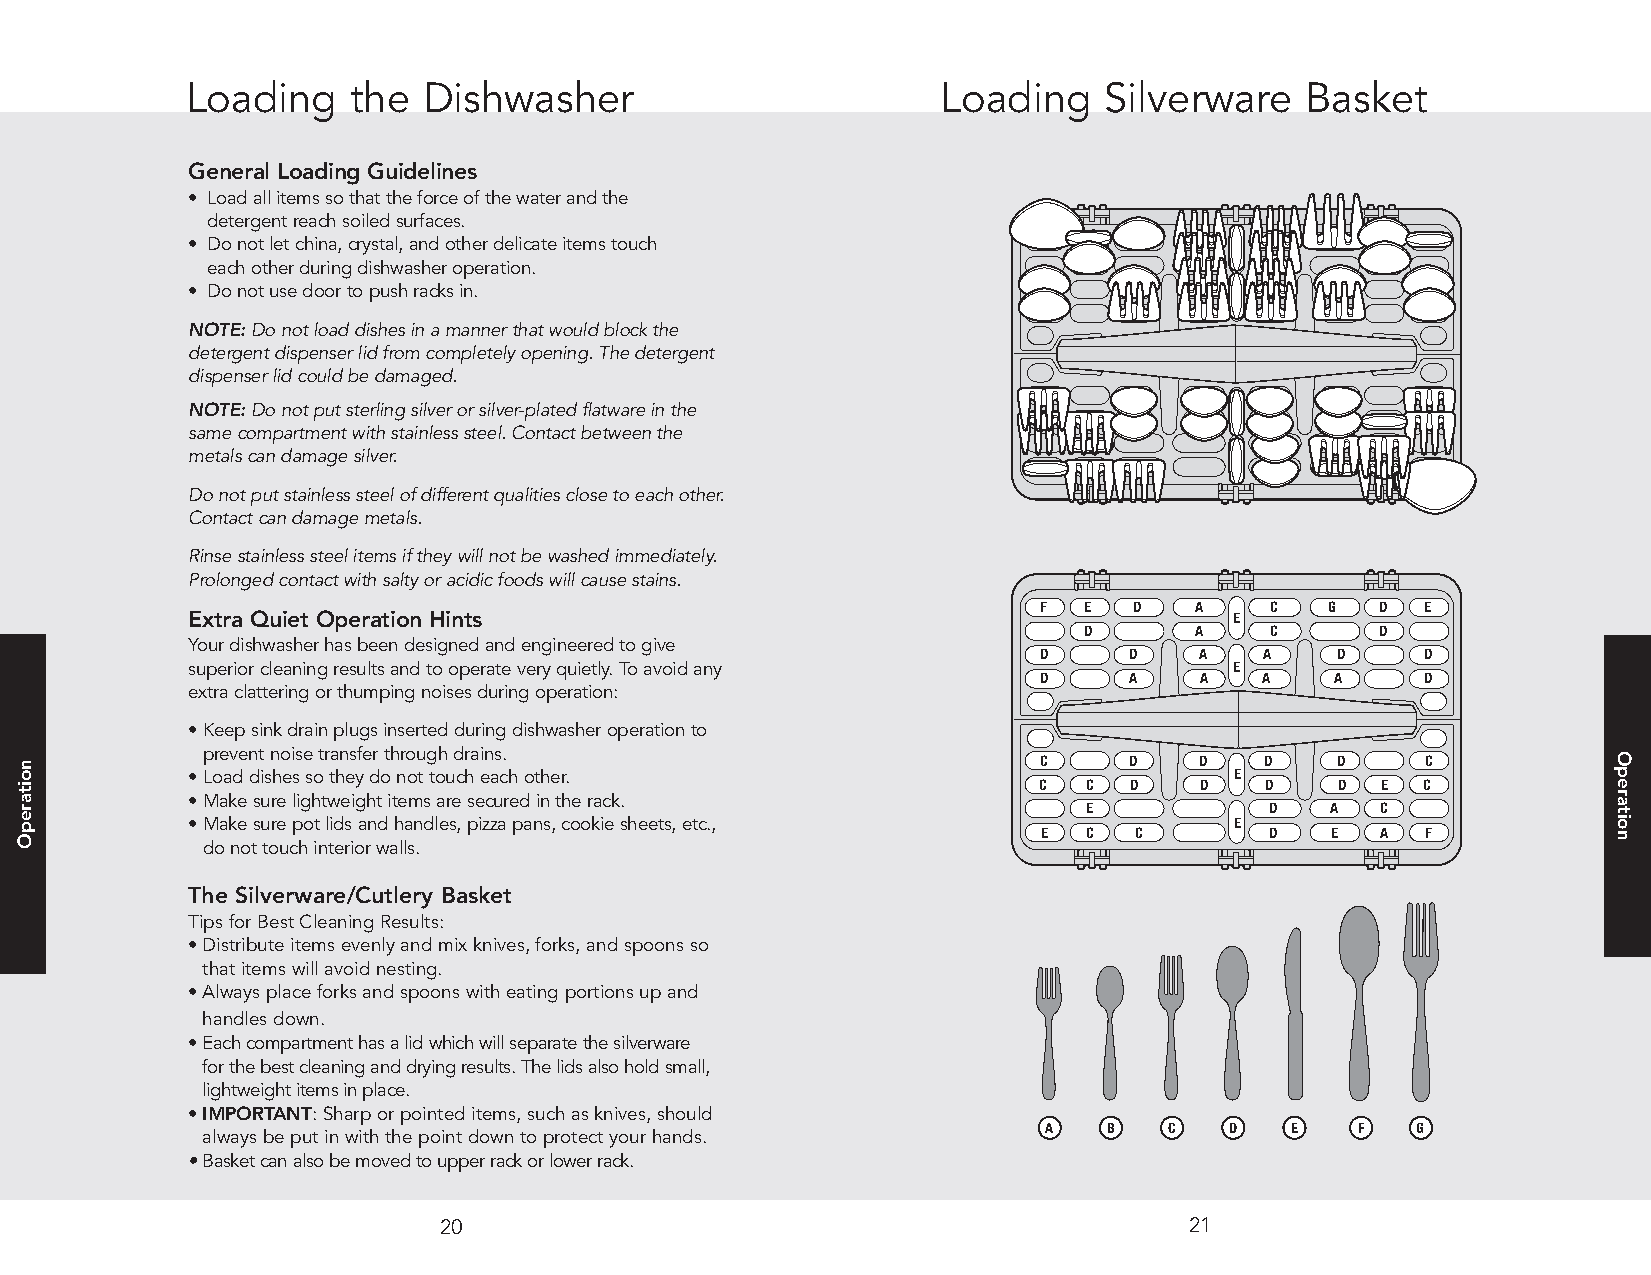
Loading    the  Dishwasher                        Loading    Silverware   Basket
 General Loading Guidelines
 • Loadallitemssothattheforceofthewaterandthe
 detergentreachsoiledsurfaces.
 • Donotletchina,crystal,andotherdelicateitemstouch
 eachotherduringdishwasheroperation.
 • Donotusedoortopushracksin.
 NOTE:Donotloaddishesinamannerthatwouldblockthe
 detergentdispenserlidfromcompletelyopening.Thedetergent
 dispenserlidcouldbedamaged.
 NOTE:Donotputsterlingsilverorsilver-platedflatwareinthe
 samecompartmentwithstainlesssteel.Contactbetweenthe
 metalscandamagesilver.
 Donotputstainlesssteelofdifferentqualitiesclosetoeachother.
 Contactcandamagemetals.
 Rinsestainlesssteelitemsiftheywillnotbewashedimmediately.
 Prolongedcontactwithsaltyoracidicfoodswillcausestains.
 F  E  D   A    C   G  D  E
 Extra Quiet Operation Hints                                           E
 D      A    C      D
 Yourdishwasherhasbeendesignedandengineeredtogive
 D     D   A    A   D     D
 superiorcleaningresultsandtooperateveryquietly.Toavoidany             E
 D     A   A    A   A     D
 extraclatteringorthumpingnoisesduringoperation:
 •Keepsinkdrainplugsinsertedduringdishwasheroperationto
 preventnoisetransferthroughdrains.                      C     D   D    D   D     C
 •Loaddishessotheydonottoucheachother.                                 E
 C  C  D   D    D    D E  C
 •Makesurelightweightitemsaresecuredintherack.
 E           D   A  C
 •Makesurepotlidsandhandles,pizzapans,cookiesheets,etc.,               E
 E  C  C        D   E  A  F
 donottouchinteriorwalls.
 The Silverware/Cutlery Basket
 TipsforBestCleaningResults:
 •Distributeitemsevenlyandmixknives,forks,andspoonsso
 thatitemswillavoidnesting.
 •Alwaysplaceforksandspoonswitheatingportionsupand
 handlesdown.
 •Eachcompartmenthasalidwhichwillseparatethesilverware
 forthebestcleaninganddryingresults.Thelidsalsoholdsmall,
 lightweightitemsinplace.
 •IMPORTANT:Sharporpointeditems,suchasknives,should
 A   B   C   D   E    F   G
 alwaysbeputinwiththepointdowntoprotectyourhands.
 •Basketcanalsobemovedtoupperrackorlowerrack.
 20                                                21
 noitarepO                                                                                                 Operation